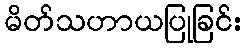
မိတ်သဟာယပြုခြင်း